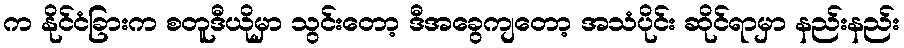
က နိုင်ငံခြားက စတူဒီယိုမှာ သွင်းတော့ ဒီအခွေကျတော့ အသံပိုင်း ဆိုင်ရာမှာ နည်းနည်း